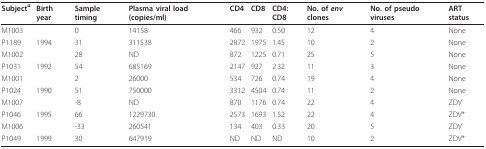
| Subjecta | Birth year | Sample timing | Plasma viral load (copies/ml) | CD4 | CD8 | CD4:CD8 | No. of env clones | No. of pseudo viruses | ART status |
 | --- | --- | --- | --- | --- | --- | --- | --- | --- | --- |
 | M1003 |  | 0 | 14158 | 466 | 932 | 0.50 | 12 | 4 | None |
 | P1189 | 1994 | 31 | 311538 | 2872 | 1975 | 1.45 | 10 | 2 | None |
 | M1002 |  | 28 | ND | 872 | 1225 | 0.71 | 25 | 5 | None |
 | P1031 | 1992 | 54 | 685169 | 2147 | 927 | 2.32 | 11 | 3 | None |
 | M1001 |  | 2 | 26000 | 534 | 726 | 0.74 | 19 | 4 | None |
 | P1024 | 1990 | 51 | 750000 | 3312 | 4504 | 0.74 | 11 | 2 | None |
 | M1007 |  | -8 | ND | 870 | 1176 | 0.74 | 22 | 4 | ZDV |
 | P1046 | 1995 | 66 | 1229730 | 2573 | 1693 | 1.52 | 22 | 4 | ZDV* |
 | M1006 |  | -33 | 260541 | 134 | 403 | 0.33 | 20 | 5 | ZDV |
 | P1049 | 1999 | 30 | 647919 | ND | ND | ND | 10 | 2 | ZDV* |